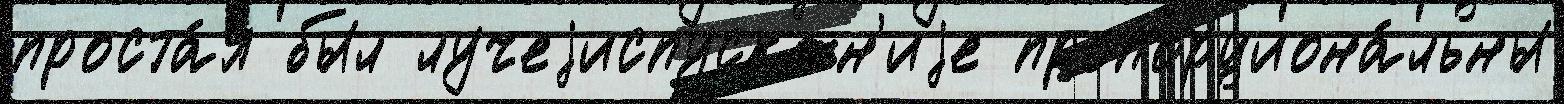
проста́я был лучеjиспускан'иjе пропорциона́льны